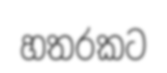
හතරකට